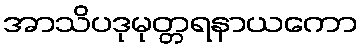
အာသိပဒုမုတ္တရနာယကော